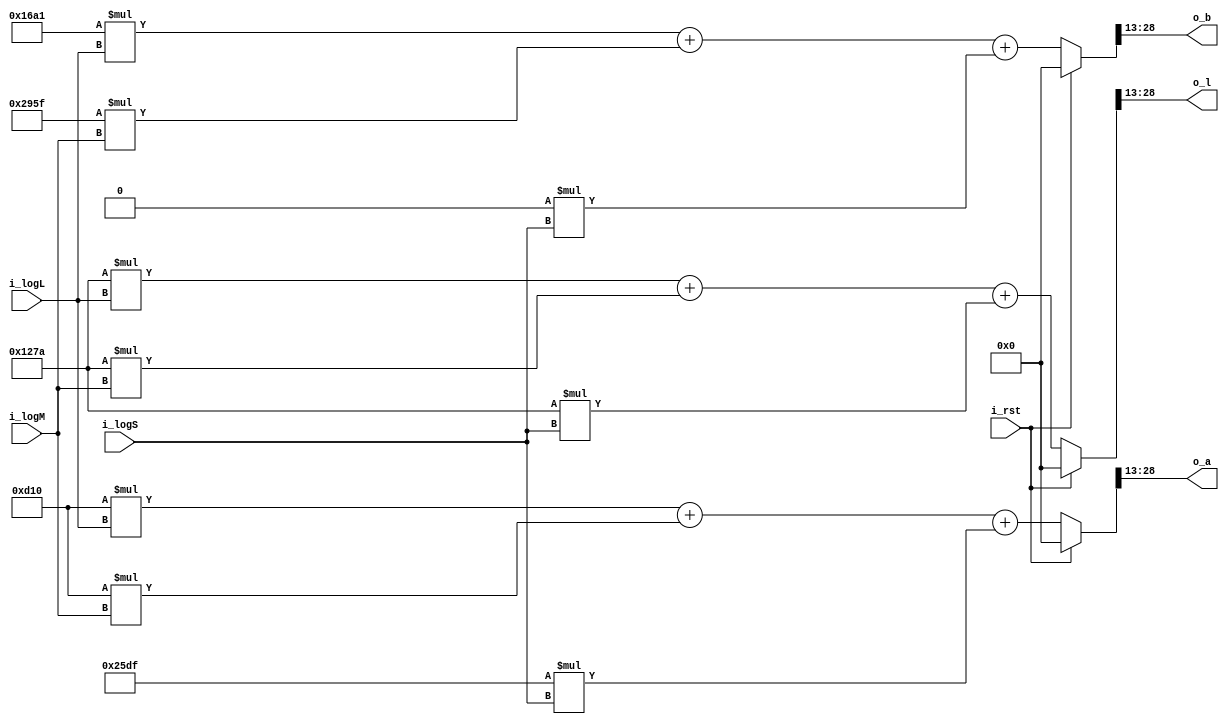
module LMS2lab(
	i_rst,
	i_logL,
	i_logM,
	i_logS,
	o_l,
	o_a,
	o_b
);

//====== I/O port ===========================

	input i_rst;
	
	input [15:0] i_logL; // 3+13 B
	input [15:0] i_logM;
	input [15:0] i_logS;
	
	output [15:0] o_l; // 3+13 B
	output [15:0] o_a;
	output [15:0] o_b;

//====== submodule ==========================

	
	
//====== reg/wire ===========================
	wire [15:0] matrix11, matrix12, matrix13;
	wire [15:0] matrix21, matrix22, matrix23;
	wire [15:0] matrix31, matrix32, matrix33;
	
	//output reg
	reg signed [31:0] reg_l; // 6+26 B
	reg signed [31:0] reg_a;
	reg signed [31:0] reg_b;

//====== assign =============================
	//matrix2 3+13 B

	assign matrix11 = 16'b0001001001111010;
	assign matrix12 = 16'b0001001001111010;
	assign matrix13 = 16'b0001001001111010;
	assign matrix21 = 16'b0000110100010000;
	assign matrix22 = 16'b0000110100010000;
	assign matrix23 = 16'b1110010111011111;
	assign matrix31 = 16'b0001011010100001;
	assign matrix32 = 16'b1110100101011111;
	assign matrix33 = 16'b0000000000000000;
	
	assign o_l = reg_l[28:13]; // 3+13B
	assign o_a = reg_a[28:13];
	assign o_b = reg_b[28:13];
	
//====== combinational circuit ==============
always@(*) begin
	if(i_rst) begin
		reg_l = 0;
		reg_a = 0;
		reg_b = 0;
	end else begin
		reg_l = $signed(matrix11)*$signed(i_logL) + $signed(matrix12)*$signed(i_logM) + $signed(matrix13)*$signed(i_logS);
		reg_a = $signed(matrix21)*$signed(i_logL) + $signed(matrix22)*$signed(i_logM) + $signed(matrix23)*$signed(i_logS);
		reg_b = $signed(matrix31)*$signed(i_logL) + $signed(matrix32)*$signed(i_logM) + $signed(matrix33)*$signed(i_logS);
	end
end

//====== sequential circuit =================


endmodule